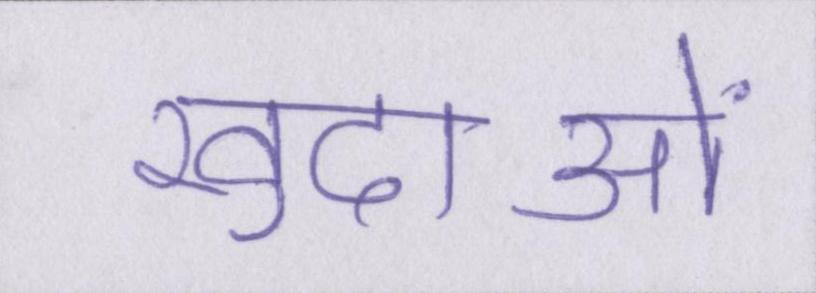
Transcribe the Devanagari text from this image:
खुदाओं